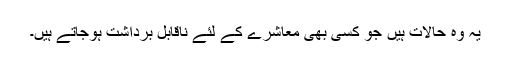
یہ وہ حالات ہیں جو کسی بھی معاشرے کے لئے ناقابل برداشت ہوجاتے ہیں۔